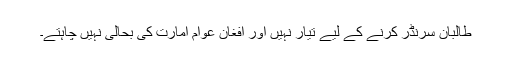
طالبان سرنڈر کرنے کے لیے تیار نہیں اور افغان عوام امارت کی بحالی نہیں چاہتے۔